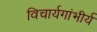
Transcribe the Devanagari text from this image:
विचार्यगांभीर्य